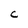
Character: C